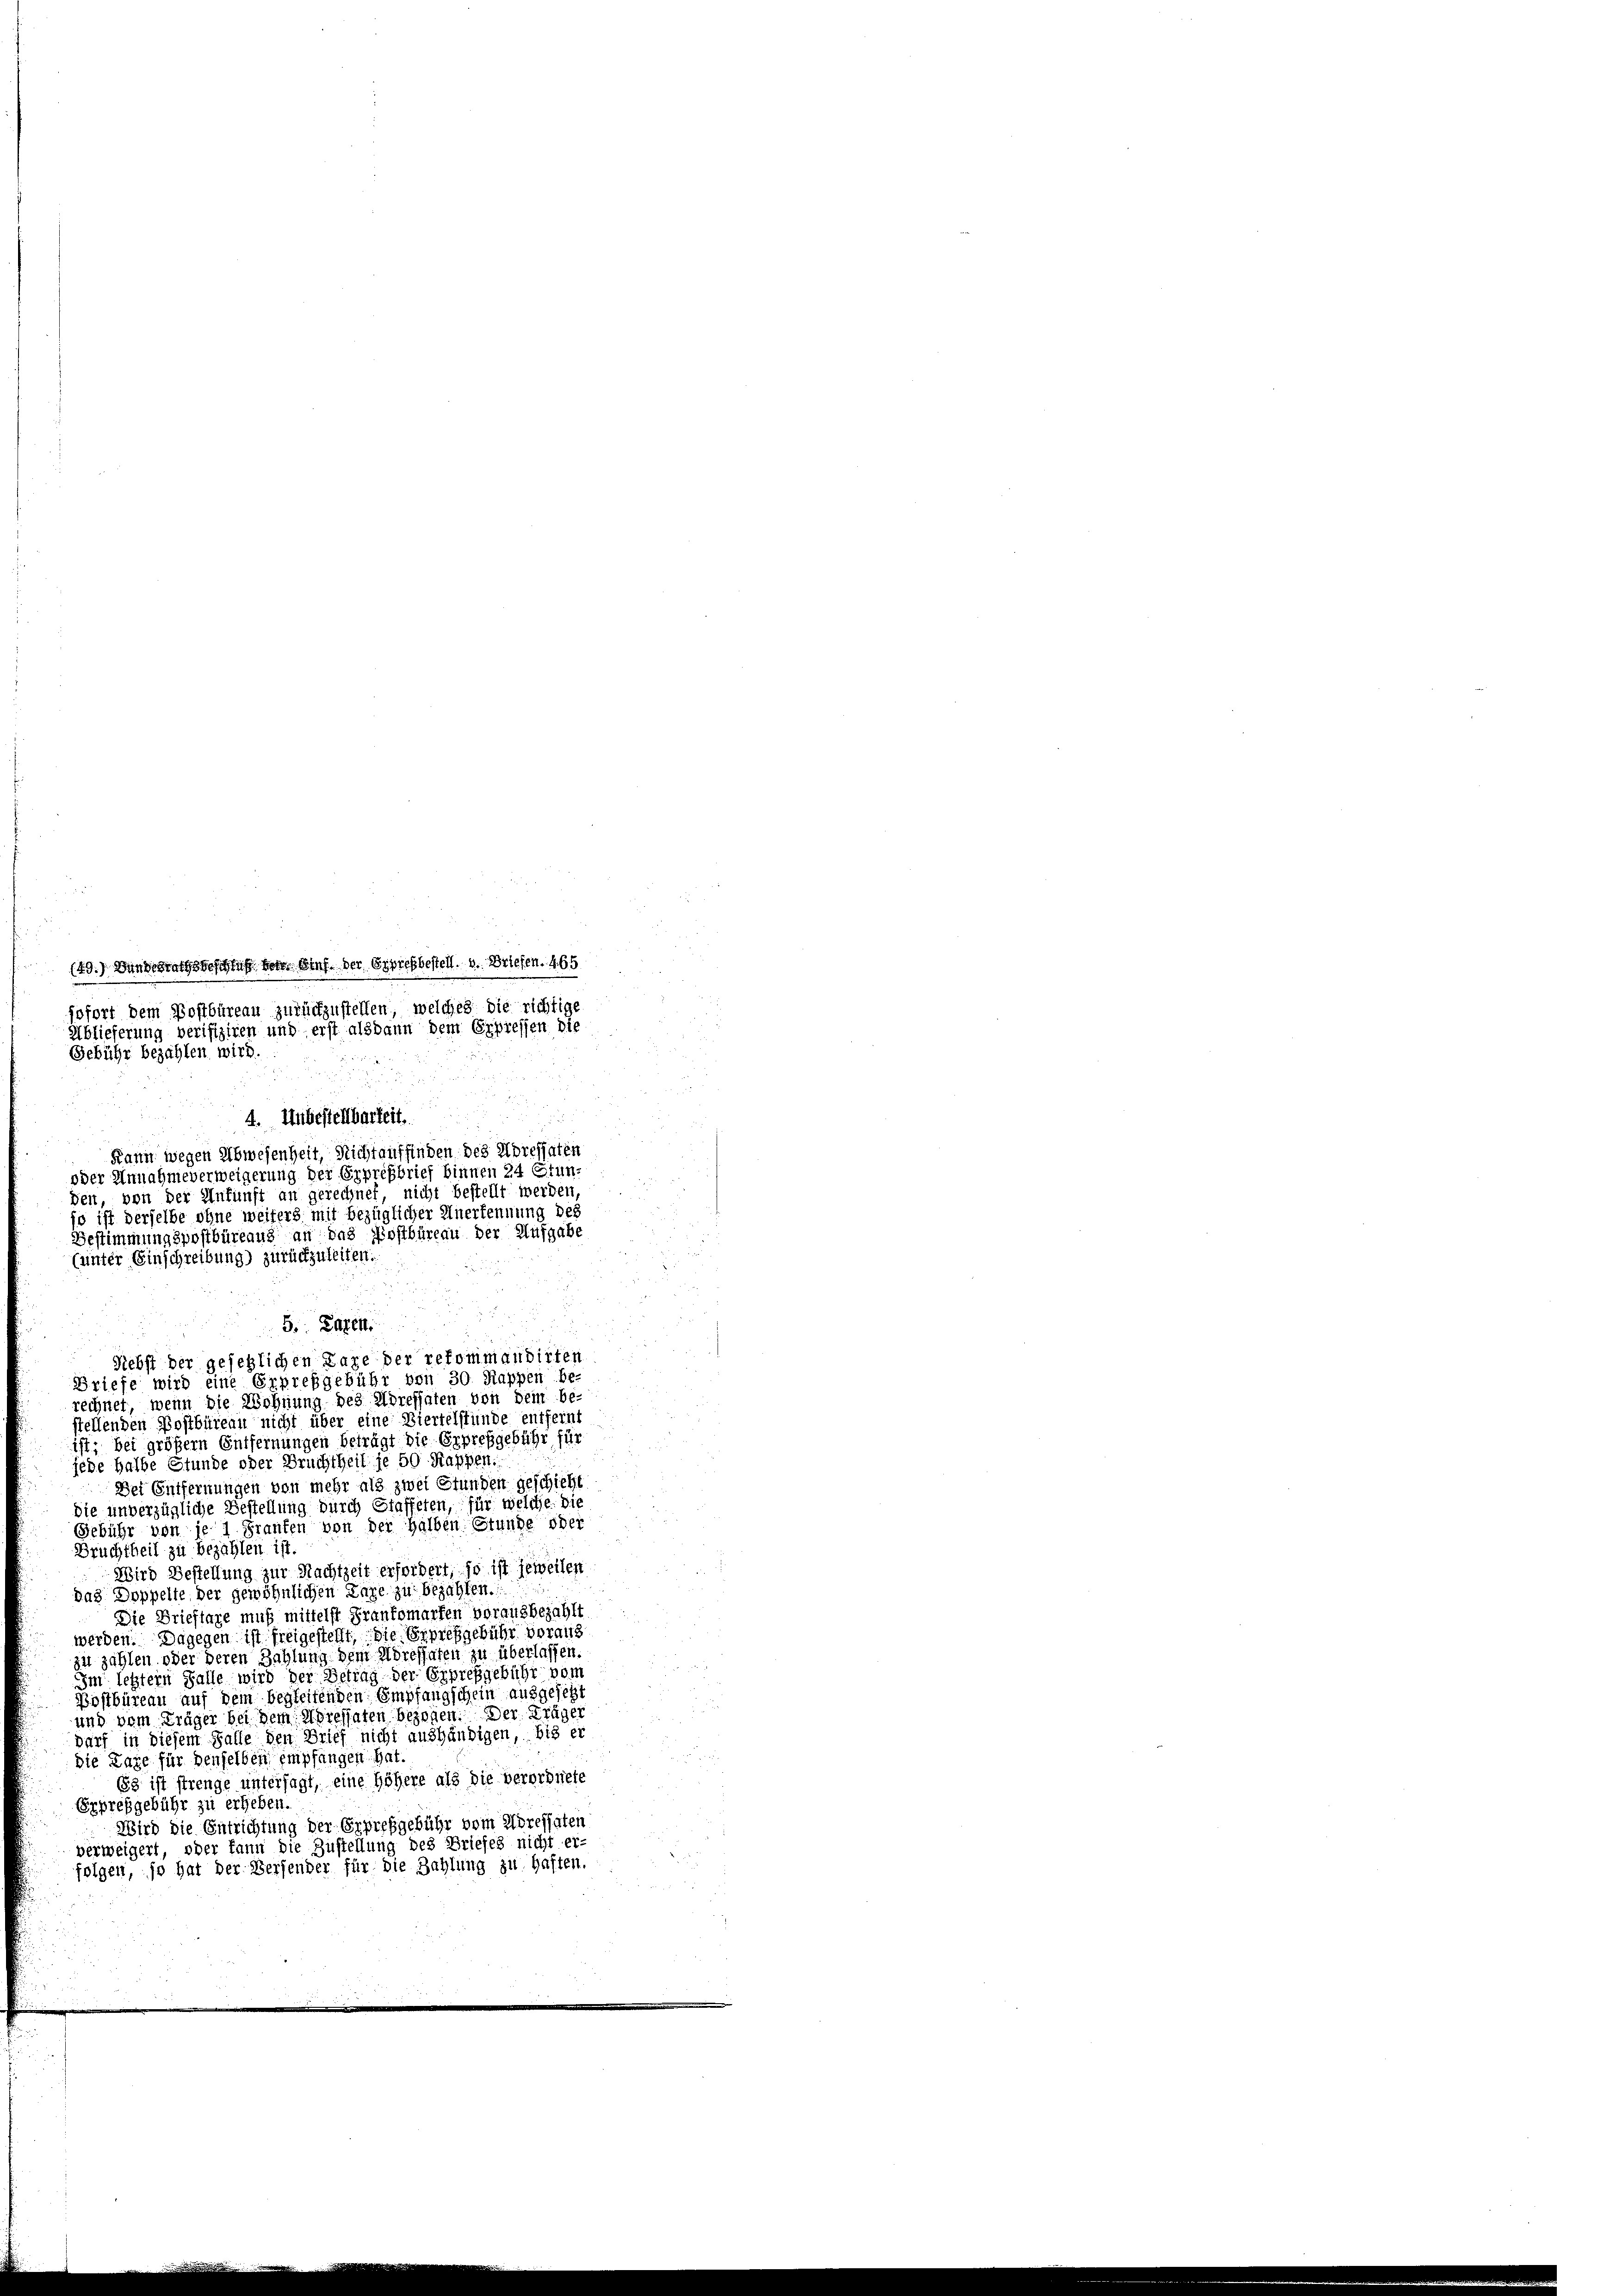
Gebühr bezahlen wird.

149. Den wechs beschluß der Stufe der Erpresbestell. u. Briefen. 465
sofort dem Postbüreau zurückzustellen, welches die richtige
Ablieferung verifiziren und erst alsdann dem Erpressen die
4. Unbestellbarkeit.
Kann wegen Abwesenheit, Nicht auffinden des Adressaten
oder Annahmeverweigerung der Erpressbrief binnen 24 Etun-
den, von der Ankunft an gerechnet, nicht bestellt werden,
jo ist derselbe ohne weiters mit bezüglicher Anerkennung des
Bestimmungspostbüreaus an das Postbüreau der Aufgabe
(unter Einschreibung) zurückzuleiten.
Briefe wird eine Erpreßgebühr von 30. Rappen be-
rechnet, wenn die Wohnung des Adressaten von dem be-
stellenden Postbüreau nicht über eine Viertelstünde entfernt
ist; bei größer Entfernungen beträgt die Erpreßgebühr für
jede halbe Stunde oder Bruchtheil je 50 Rappen.
Der Entfernungen von mehr als zwei Stunden geschicht
die unverzügliche Bestellung durch Staffeten, für welche die
Gebühr von je 1 Franken von der halben Stunde oder
Bruchtheil zu bezahlen ist.
Wird Bestellung zur Nachtzeit erfordert, so ist jeweilen
das Doppelte der gewöhnlichen Lage zu bezahlen.
Die Brieftare muß mittelst Frankomarfen vorausbezahlt
werden. Dagegen ist freigestellt, die Erpresgebühr voraus
zu zahlen oder deren Zahlung dem Adressaten zu überlassen.
Im letztern Falle wird der Betrag der Erpreßgebühr vom
Bostbüreau auf dem begleitenden Empfangschein ausgesetzt
und vom Träger bei dem Adressaten bezogen. Der Träger
Darf in diesem Falle den Brief nicht aushändigen, bis er
Die Lage für denselben empfangen hat.
63 ist strenge untersagt, eine höhere als die verordnete
Expresgebühr zu erheben.
Wird die Entrichtung der Erpreßgebühr vom Adressaten
verweigert, oder kann die Zustellung des Briefes nicht er-
folgen, so hat der Versender für die Zahlung zu haften.

5. Eigen.
Liebst der gesehlichen Lage der refommandirten